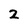
Character: 2